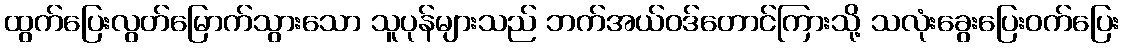
ထွက်ပြေးလွတ်မြောက်သွားသော သူပုန်များသည် ဘက်အယ်ဝဒ်တောင်ကြားသို့ သလုံးခွေးပြေးဝက်ပြေး